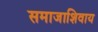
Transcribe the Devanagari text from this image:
समाजाशिवाय